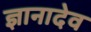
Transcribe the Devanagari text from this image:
ज्ञानादेव